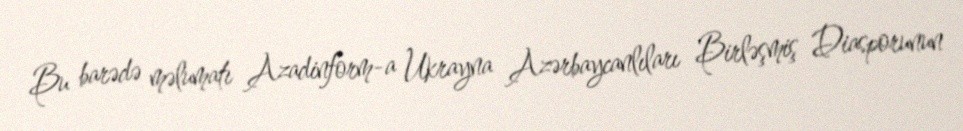
Bu barədə məlumatı Azadinform-a Ukrayna Azərbaycanlıları Birləşmiş Diasporunun